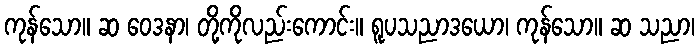
ကုန်သော။ ဆ ဝေဒနာ၊ တို့ကိုလည်းကောင်း။ ရူပသညာဒယော၊ ကုန်သော။ ဆ သညာ၊